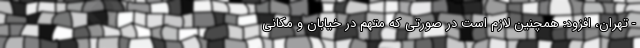
- تهران، افزود: همچنین لازم است در صورتی که متهم در خیابان و مکانی